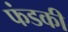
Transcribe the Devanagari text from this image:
फंडकी